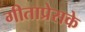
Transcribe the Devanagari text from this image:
गीताप्रेसके